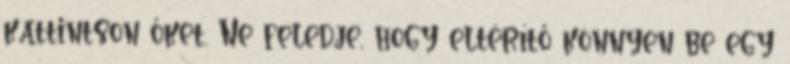
kattintson őket. Ne feledje, hogy eltérítő könnyen be egy